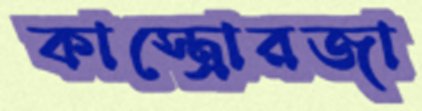
কাস্ত্রোরজা